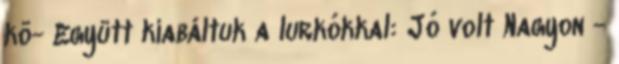
kö- Együtt kiabáltuk a lurkókkal: Jó volt Nagyon -